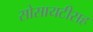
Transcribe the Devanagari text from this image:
सोसायटीसह